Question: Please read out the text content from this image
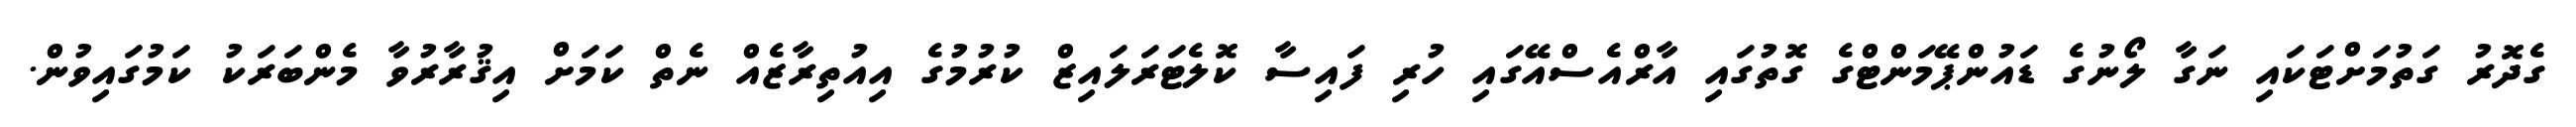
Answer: ގެދޮރު ގަތުމަށްޓަކައި ނަގާ ލޯނުގެ ޑައުންޕޭމަންޓްގެ ގޮތުގައި އާރްއެސްއޭގައި ހުރި ފައިސާ ކޮލެޓަރަލައިޒް ކުރުމުގެ އިއުތިރާޒެއް ނެތް ކަމަށް އިޤުރާރުވާ މެންބަރަކު ކަމުގައިވުން.